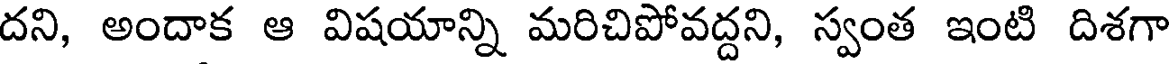
దని, అందాక ఆ విషయాన్ని మరిచిపోవద్దని, స్వంత ఇంటి దిశగా